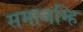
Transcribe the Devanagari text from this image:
समाजम्हि